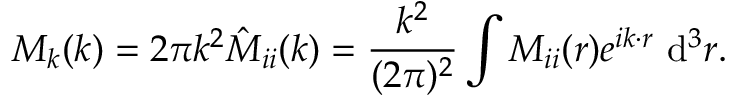
M _ { k } ( k ) = 2 \pi k ^ { 2 } \hat { M } _ { i i } ( k ) = \frac { k ^ { 2 } } { ( 2 \pi ) ^ { 2 } } \int M _ { i i } ( r ) e ^ { i \boldsymbol { k } \cdot \boldsymbol { r } } ~ \mathrm { d } ^ { 3 } \boldsymbol { r } .